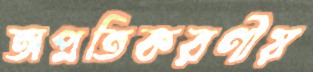
অপ্রতিকরণীয়